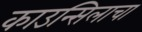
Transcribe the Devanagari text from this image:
काउन्सिलाचा